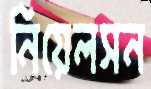
নিয়েলসন